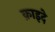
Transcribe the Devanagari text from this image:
क़ाइदे